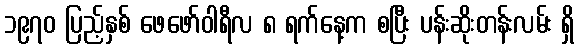
၁၉၇၀ ပြည့်နှစ် ဖေဖော်ဝါရီလ ၈ ရက်နေ့က စပြီး ပန်းဆိုးတန်းလမ်း ရှိ